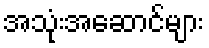
အသုံးအဆောင်များ